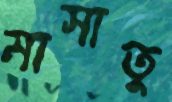
মাসাতু